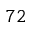
^ { 7 2 }